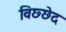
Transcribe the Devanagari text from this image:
विछ्छेद